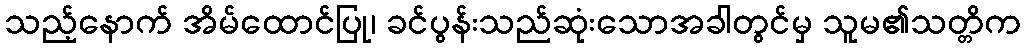
သည့်နောက် အိမ်ထောင်ပြု၊ ခင်ပွန်းသည်ဆုံးသောအခါတွင်မှ သူမ၏သတ္တိက